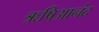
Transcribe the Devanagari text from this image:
ऋषिआनंद